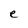
Character: e